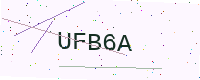
Text: UFB6A